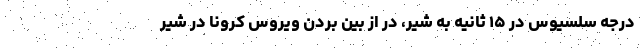
درجه سلسیوس در ۱۵ ثانیه به شیر، در از بین بردن ویروس کرونا در شیر